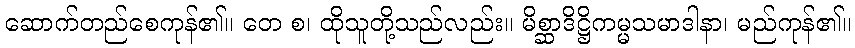
ဆောက်တည်စေကုန်၏။ တေ စ၊ ထိုသူတို့သည်လည်း။ မိစ္ဆာဒိဋ္ဌိကမ္မသမာဒါနာ၊ မည်ကုန်၏။